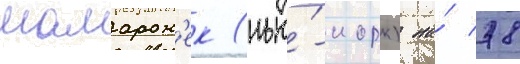
мамарон'ек (нью́-иорк) на́ 78